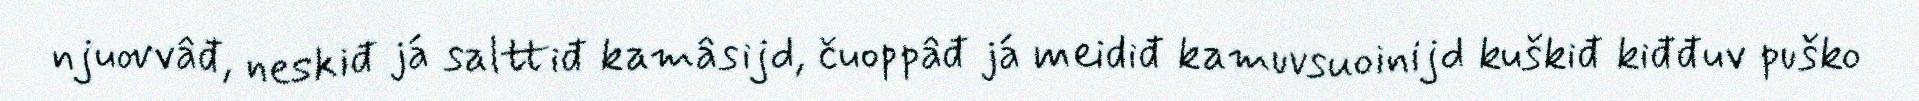
njuovvâđ, neskiđ já salttiđ kamâsijd, čuoppâđ já meidiđ kamuvsuoinijd kuškiđ kiđđuv puško